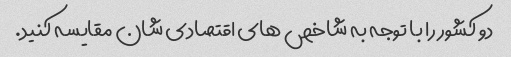
دو کشور را با توجه به شاخص های اقتصادی شان مقایسه کنید.